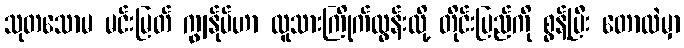
သုတသောမ မင်းမြတ် ကျွန်ုပ်ဟာ လူသားကြိုက်လွန်းလို့ တိုင်းပြည်ကို စွန့်ပြီး တောထဲမှာ